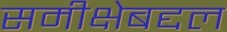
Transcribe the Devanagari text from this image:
समीक्षेबद्दल